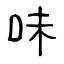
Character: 味